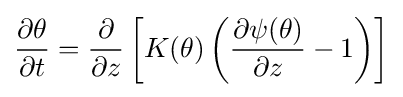
{\frac {\partial \theta }{\partial t}}={\frac {\partial }{\partial z}}\left[K(\theta )\left({\frac {\partial \psi (\theta )}{\partial z}}-1\right)\right]